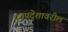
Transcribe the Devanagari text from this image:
ध्रुवप्रदेशावरील